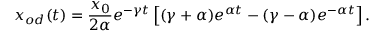
x _ { o d } ( t ) = \frac { x _ { 0 } } { 2 \alpha } e ^ { - \gamma t } \left[ ( \gamma + \alpha ) e ^ { \alpha t } - ( \gamma - \alpha ) e ^ { - \alpha t } \right] .